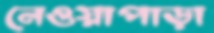
নেওয়াপাড়া